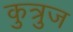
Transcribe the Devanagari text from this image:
कुत्रुज